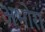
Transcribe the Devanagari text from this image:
अभोरा